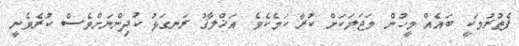
ފެތުރުމަކީ ބައެއް މީހުން މަޖަލަކަށް ކުރާ ކަމެކެވެ. އަޚްލާޤު ރަނގަޅު ކުދިންނަށްވެސް ކުރެވެނީ